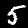
Digit: 5